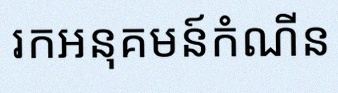
រកអនុគមន៍កំណើន